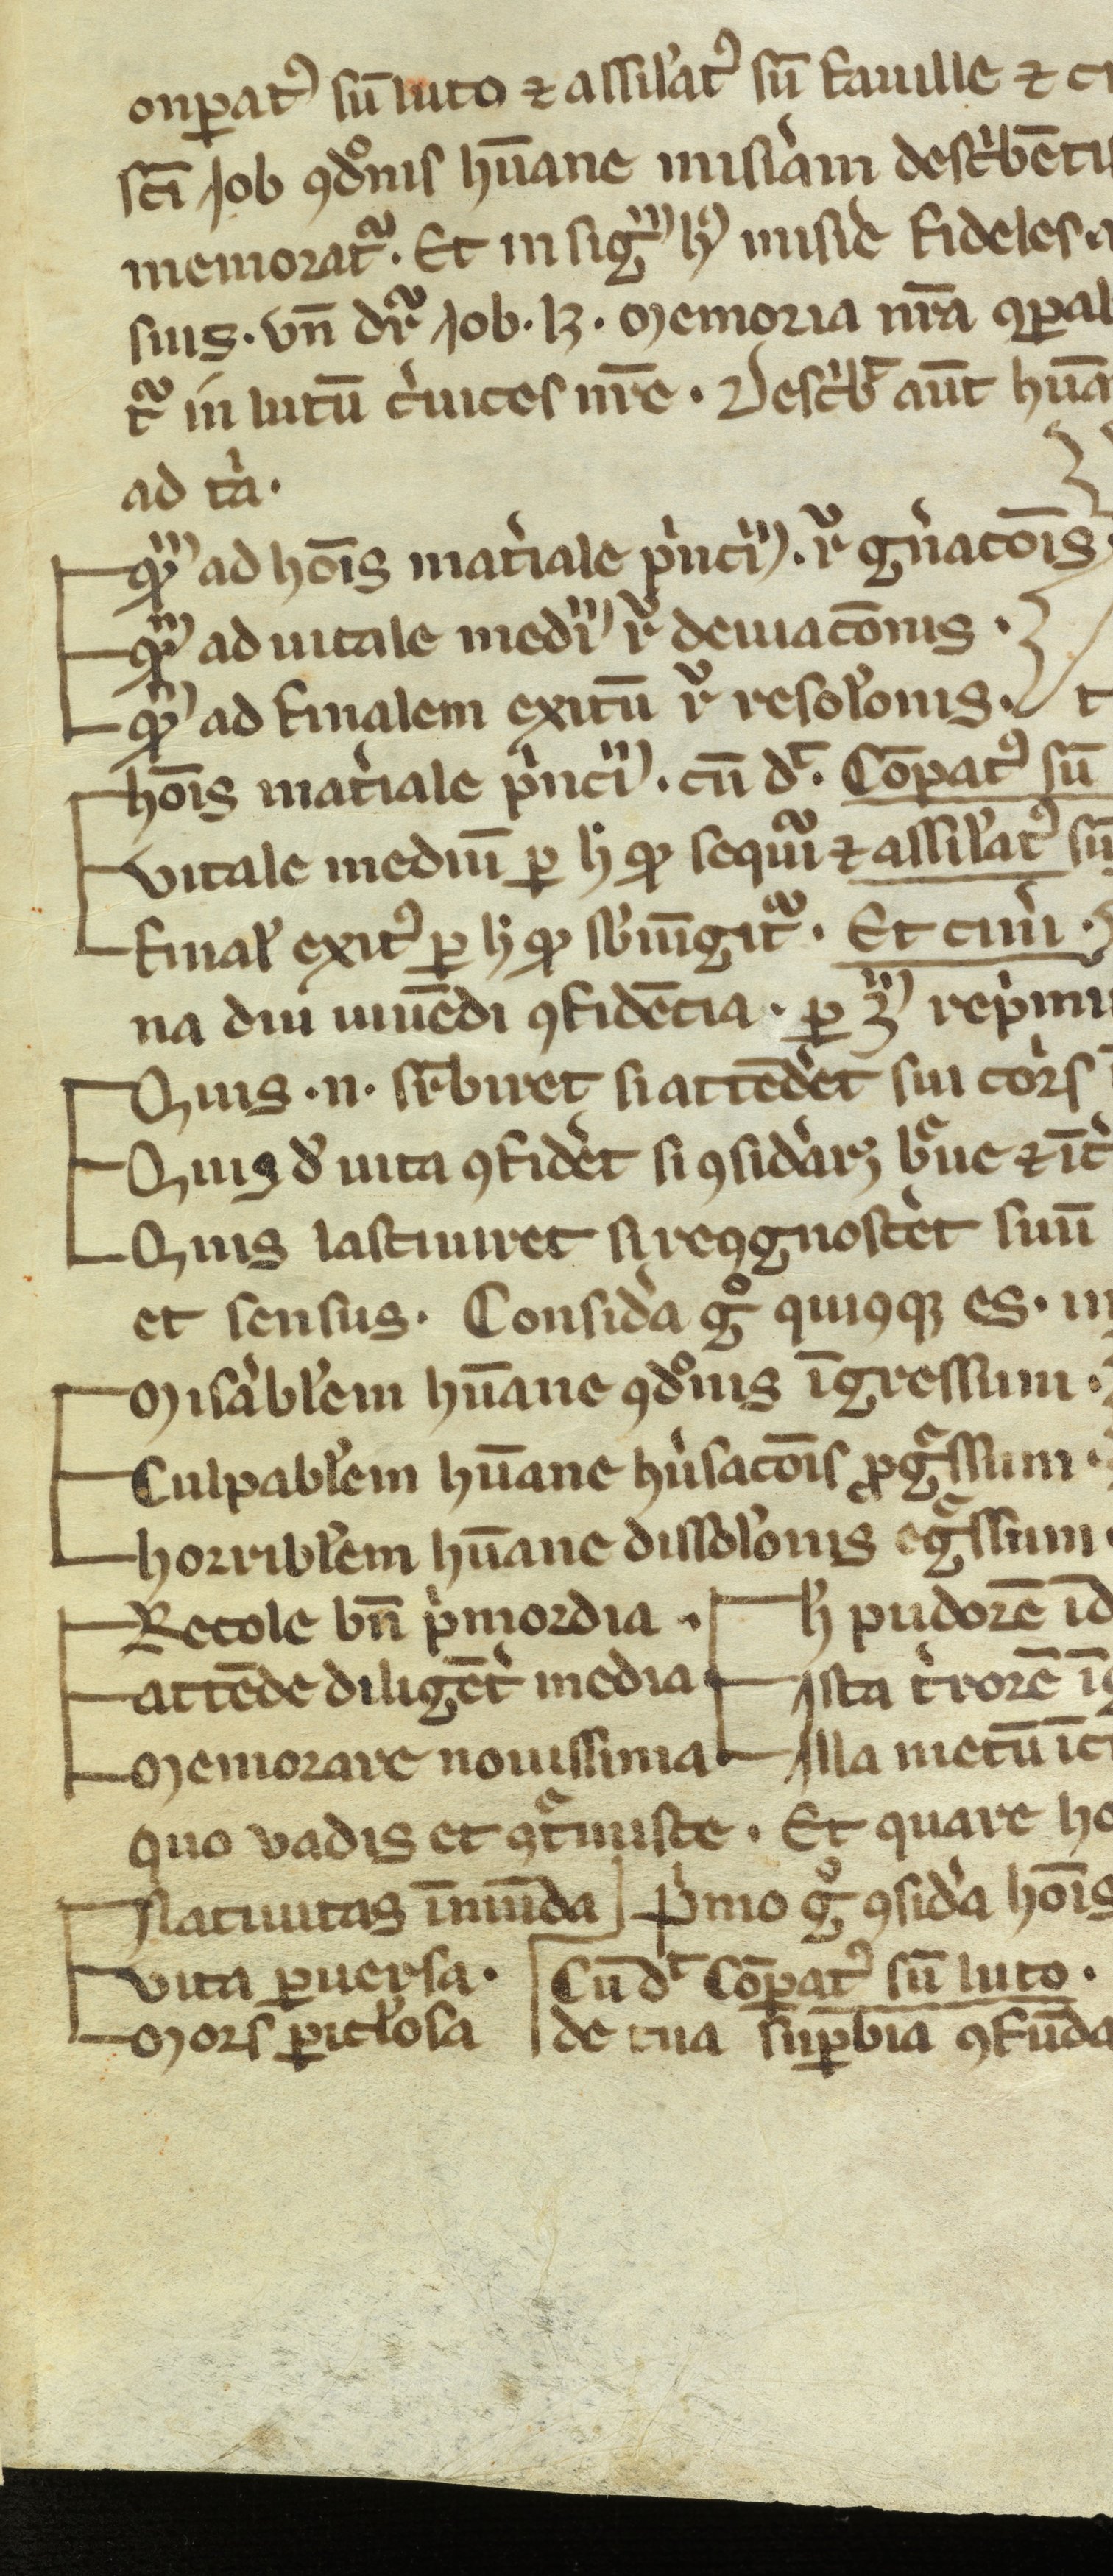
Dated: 1300–1399